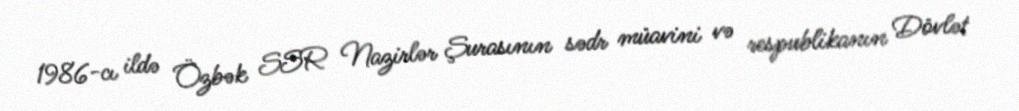
1986-cı ildə Özbək SSR Nazirlər Şurasının sədr müavini və respublikanın Dövlət